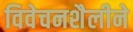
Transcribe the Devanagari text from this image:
विवेचनशैलीने